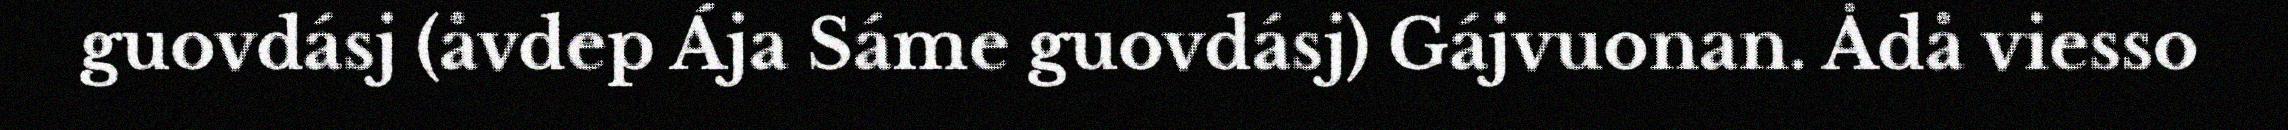
guovdásj (åvdep Ája Sáme guovdásj) Gájvuonan. Ådå viesso